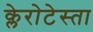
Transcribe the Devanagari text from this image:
क्लेरोटेस्ता